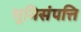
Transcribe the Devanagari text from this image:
भूमिसंपत्ति